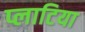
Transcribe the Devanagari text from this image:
प्लाटिया